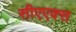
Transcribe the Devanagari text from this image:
सीएएक्स